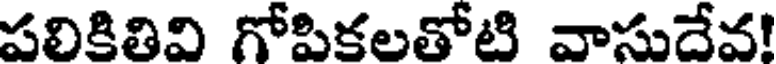
పలికితివి గోపికలతోటి వాసుదేవ!